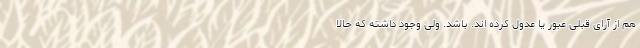
هم از آرای قبلی عبور یا عدول کرده اند. باشد. ولی وجود داشته که حالا